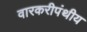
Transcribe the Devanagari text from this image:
वारकरीपंथीय